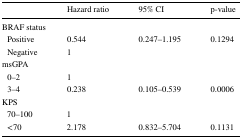
<table><thead><tr><td></td><td><b>Hazard ratio</b></td><td><b>95% CI</b></td><td><b>p-value</b></td></tr></thead><tbody><tr><td colspan="4">BRAF status</td></tr><tr><td> Positive</td><td>0.544</td><td rowspan="2">0.247–1.195</td><td rowspan="2">0.1294</td></tr><tr><td> Negative</td><td>1</td></tr><tr><td colspan="4">msGPA</td></tr><tr><td> 0–2</td><td>1</td><td></td><td></td></tr><tr><td> 3–4</td><td>0.238</td><td>0.105–0.539</td><td>0.0006</td></tr><tr><td colspan="4">KPS</td></tr><tr><td> 70–100</td><td>1</td><td></td><td></td></tr><tr><td> &lt;70</td><td>2.178</td><td>0.832–5.704</td><td>0.1131</td></tr></tbody></table>